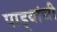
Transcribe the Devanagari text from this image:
पाड्यांची